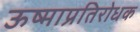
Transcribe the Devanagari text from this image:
ऊष्माप्रतिरोधक